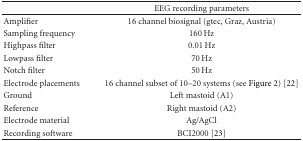
<table><thead><tr><td></td><td><b>EEG recording parameters</b></td></tr></thead><tbody><tr><td>Amplifier</td><td>16 channel biosignal (gtec, Graz, Austria)</td></tr><tr><td>Sampling frequency</td><td>160 Hz</td></tr><tr><td>Highpass filter</td><td>0.01 Hz</td></tr><tr><td>Lowpass filter</td><td>70 Hz</td></tr><tr><td>Notch filter</td><td>50 Hz</td></tr><tr><td>Electrode placements</td><td>16 channel subset of 10–20 systems (see Figure 2) [22]</td></tr><tr><td>Ground</td><td>Left mastoid (A1)</td></tr><tr><td>Reference</td><td>Right mastoid (A2)</td></tr><tr><td>Electrode material</td><td>Ag/AgCl</td></tr><tr><td>Recording software</td><td>BCI2000 [23]</td></tr></tbody></table>